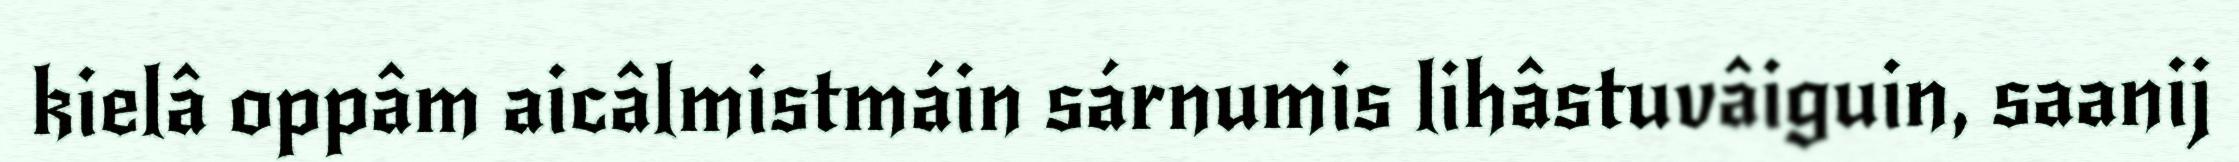
kielâ oppâm aicâlmistmáin sárnumis lihâstuvâiguin, saanij